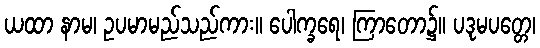
ယထာ နာမ၊ ဥပမာမည်သည်ကား။ ပေါက္ခရေ၊ ကြာတော၌။ ပဒုမပတ္တေ၊